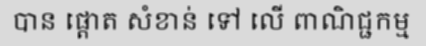
បាន ផ្តោត សំខាន់ ទៅ លើ ពាណិជ្ជកម្ម